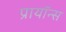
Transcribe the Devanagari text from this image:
प्रायॉन्स